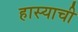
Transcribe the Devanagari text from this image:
हास्याची